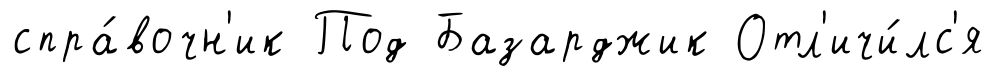
спра́вочн'ик Под Базарджик Отл'ичи́лс'я